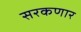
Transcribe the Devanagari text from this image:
सरकणार